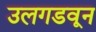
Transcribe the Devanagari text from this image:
उलगडवून